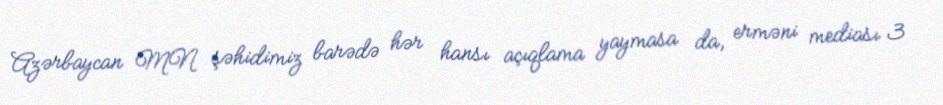
Azərbaycan MN şəhidimiz barədə hər hansı açıqlama yaymasa da, erməni mediası 3